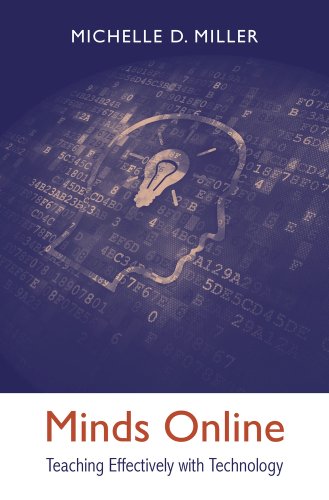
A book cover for Minds Online: Teaching Effectively with Technology; Michelle D. Miller; Education & Teaching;